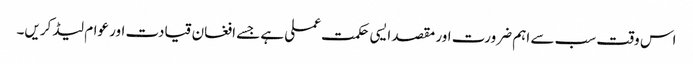
اس وقت سب سے اہم ضرورت اور مقصد ایسی حکمت عملی ہے جسے افغان قیادت اور عوام لیڈ کریں۔